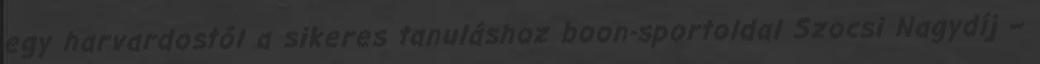
egy harvardostól a sikeres tanuláshoz boon-sportoldal Szocsi Nagydíj –